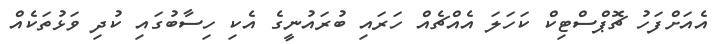
އެއަށްފަހު ޗޮޕްސްޓިކް ކަހަލަ އެއްޗެއް ހަރައި ބުރައުނީގެ އެކި ހިސާބުގައި ކުދި ވަޅުތަކެއް